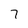
Character: 7